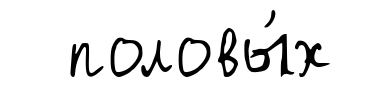
половы́х